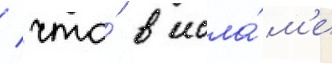
/ что́ в исла́м'е